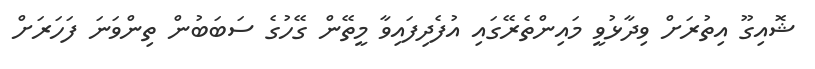
ޝޮއިގޫ އިތުރަށް ވިދާޅުވީ މައިންތެރޭގައި އުފެދިފައިވާ މީތޭން ގޭހުގެ ސަބަބުން ތިންވަނަ ފަހަރަށް